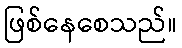
ဖြစ်နေစေသည်။